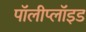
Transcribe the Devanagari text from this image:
पॉलीप्लॉइड